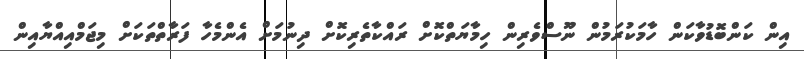
އިން ކަންބޮޑުވާކަން ހާމަކުރަމުން ނޫސްވެރިން ހިމާޔަތްކޮށް ރައްކާތެރިކޮށް ދިނުމަށް އެންމެހާ ފަރާތްތަކަށް މިޖަމްއިއްޔާއިން